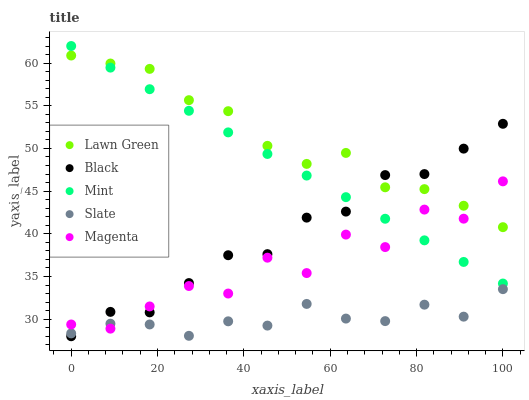
| xaxis_label | Lawn Green | Black | Mint | Slate | Magenta |
 | --- | --- | --- | --- | --- | --- |
 | 0 | 60.9 | 28 | 62 | 28.3 | 29.4 |
 | 9.09 | 59.9 | 30.9 | 59.5 | 29.5 | 28.9 |
 | 18.2 | 59.3 | 30.8 | 56.9 | 29.4 | 31.5 |
 | 27.3 | 55.7 | 34.2 | 54.4 | 28.1 | 33.9 |
 | 36.4 | 54.4 | 37.5 | 51.9 | 29.7 | 33 |
 | 45.5 | 50.3 | 37.6 | 49.4 | 29.2 | 37.2 |
 | 54.5 | 48.2 | 41.9 | 46.8 | 31.8 | 35.4 |
 | 63.6 | 49.5 | 42.6 | 44.3 | 30.1 | 39.9 |
 | 72.7 | 45.5 | 46.9 | 41.8 | 29.8 | 38.4 |
 | 81.8 | 45.2 | 47 | 39.2 | 31.7 | 42.8 |
 | 90.9 | 43.3 | 50 | 36.7 | 30.3 | 41.8 |
 | 100 | 40.8 | 52.9 | 34.2 | 33.5 | 46.1 |